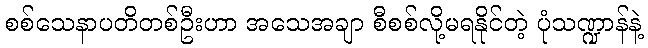
စစ်သေနာပတိတစ်ဦးဟာ အသေအချာ စီစစ်လို့မရနိုင်တဲ့ ပုံသဏ္ဍာန်နဲ့